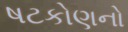
ષટકોણનો